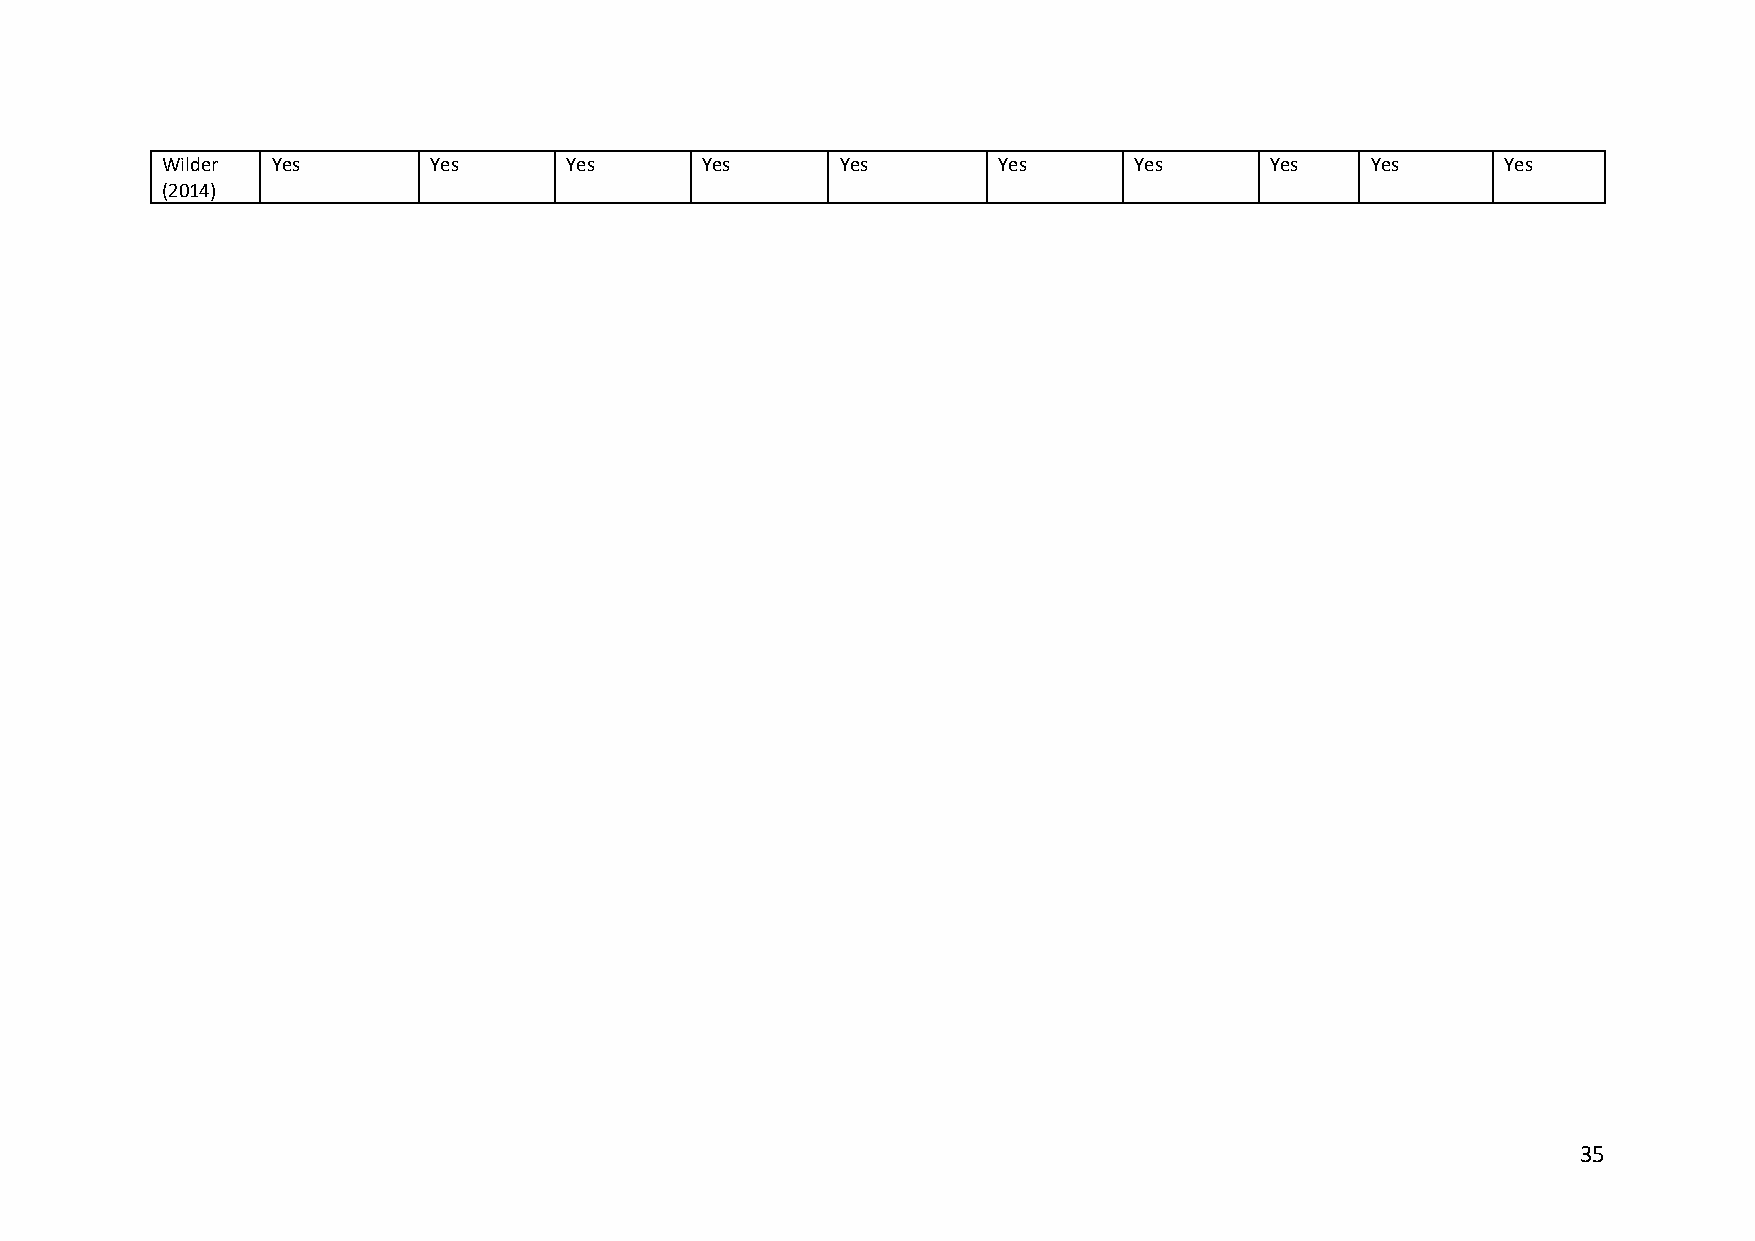
Wilder Yes       Yes      Yes      Yes       Yes       Yes      Yes      Yes    Yes      Yes
 (2014)
 35